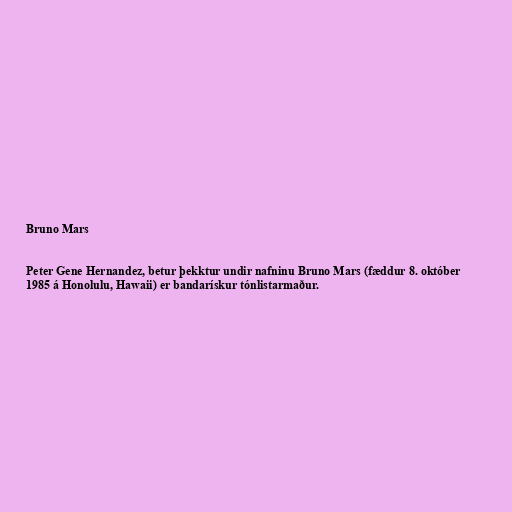
Bruno Mars

Peter Gene Hernandez, betur þekktur undir nafninu Bruno Mars (fæddur 8. október
1985 á Honolulu, Hawaii) er bandarískur tónlistarmaður.